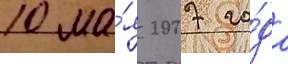
10 ма́я 2007 го́да